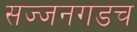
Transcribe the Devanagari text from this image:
सज्जनगडच